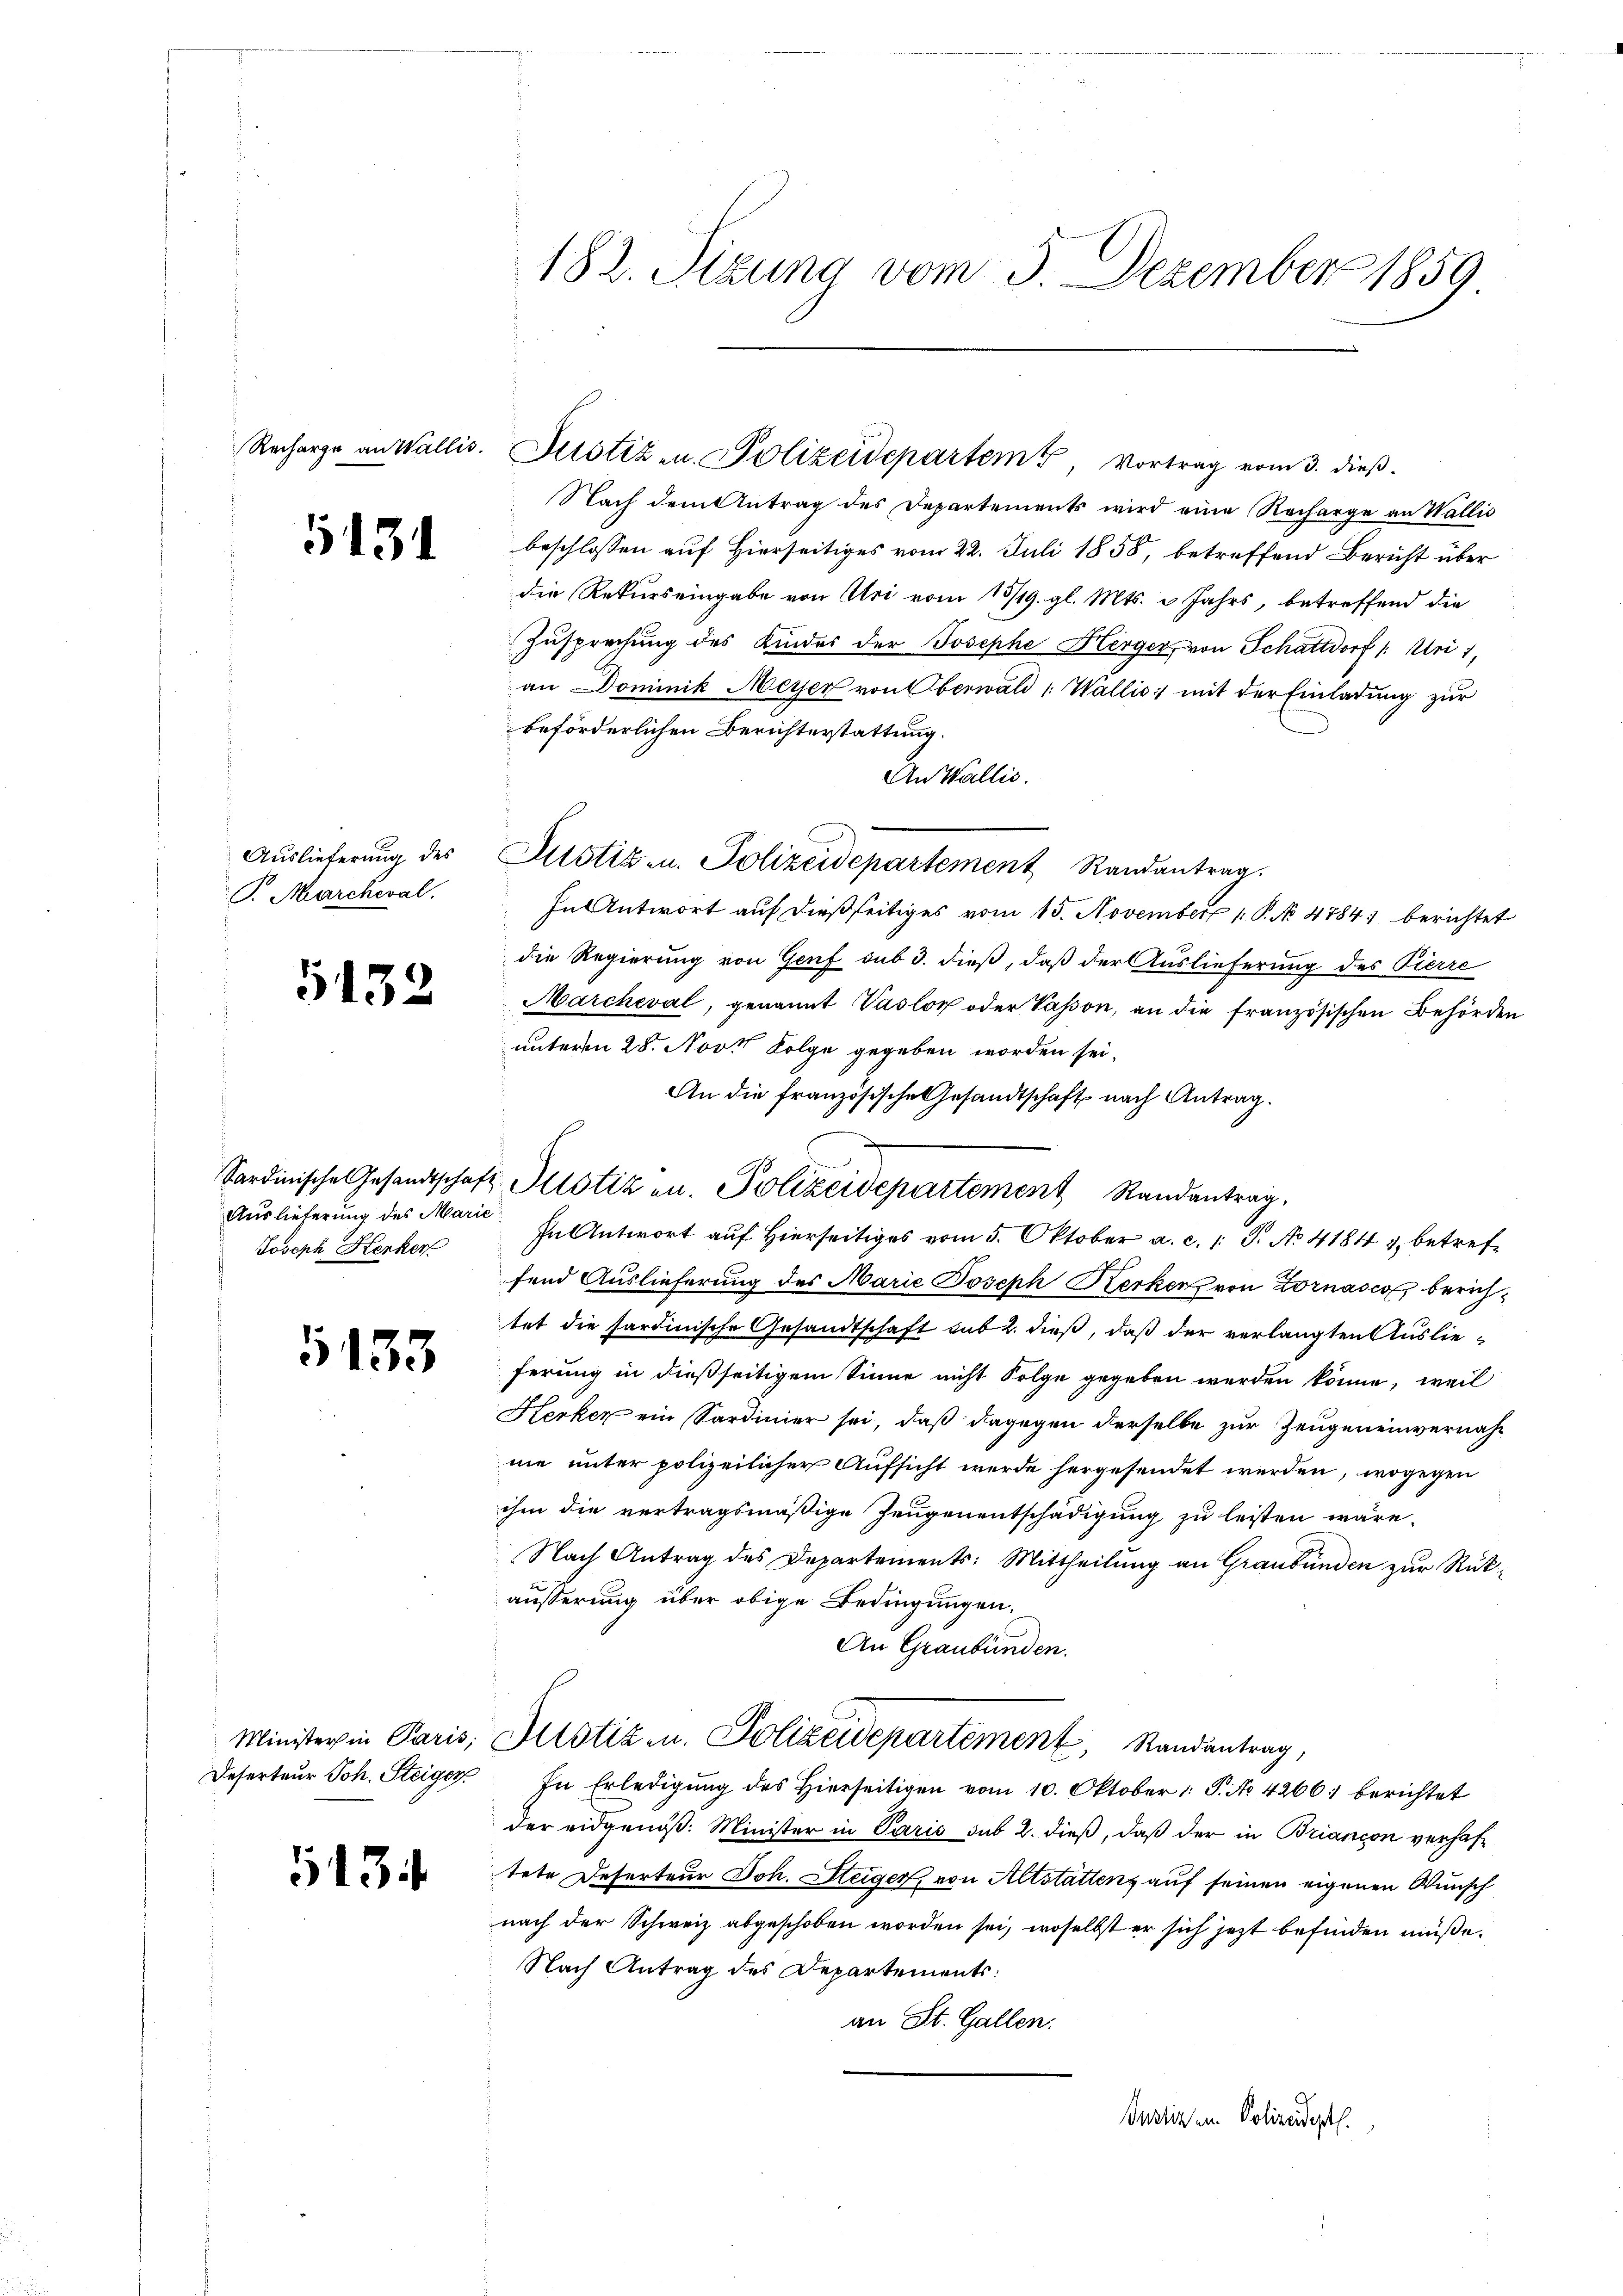
5131

Auslieferung des
P. Marcheval.

5132

Auslieferung des Marie
Joseph Henker

5133

1134

182. Sizung vom 3. Dezember 1859

Recharge an Wallis. Justiz u. Polizeidepartem Vortrag vom 3. dieβ.

Nach dem Antrag des Departements wird eine Recharge an Wallis
beschlossen auf Hierseitiges vom 22. Juli 1858, betreffend Bericht über
die Rekurs eingabe von Uri vom 15/19. gl. Mts. 3 Jahrs, betreffend die
Zusprechung des Kindes der Josephe Herger, von Schattdorf : Uri,
an Dominik Meyer von Oberwald Wallis, mit der Einladung zur
beförderlichen Berichterstattung.
An Wallis.
Justiz u. Polizeidepartement Randantrag
In Antwort auf dießseitiges vom 15. November P. No 4784 berichtet
die Regierung von Genf sub 3. dieß, daß der Auslieferung des Pierre
Marcheval, genannt Vaslor oder Passon, an die französischen Behörden
unterm 28. Novt Folge gegeben worden sei.
An die französische Gesandtschaft nach Antrag.
In Antwort auf Hierseitiges vom 5. Oktober a. c. 1 S. No 4184 u. betreffend Auslieferung des Marie Joseph Kerken von Zornasco berichtet die sardinische Gesandtschaft sub 2. dieß, daß der verlangten Auslieferung in dießseitigem Sinne nicht Folge gegeben werden könne, weil
Herker ein Sardinier sei, daß dagegen derselbe zur Zeugeneinvernahne unter polizeilicher Aufsicht werde hergesendet werden, wogegen
ihm die vertragsmäßige Zeugenentschädigung zu leisten wäre.
Nach Antrag des Departements: Mittheilung an Graubünden zur Rükäußerung über obige Bedingungen.
An Graubünden.
Minister in Paris, Allotizen. Polizeidepartement, Randantrag,
Deserteŭr Joh. Steiger. In Erledigŭng des hierseitigen vom 10. Oktober P. No. 4266: berichtet
der eidgenöß: Minister in Paris sub 2. dieß, daß der in Briancon verhaftete Deserteur Joh. Steiger, von Altstattenz auf seinen eigenen Wunsch
nach der Schweiz abgeschoben worden sei, woselbst er sich jezt befinden müße.
Nach Antrag des Departements:
an St. Gallen.
nslin ein Polizeidept.

Sardinische Gesandtschaft Motiz an. Polizeidepartement Randantrag